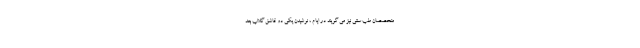
متخصصان طب سنتی نیز می گویند در ایام ، نوشیدن یکی دو قاشق گلاب بعد